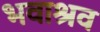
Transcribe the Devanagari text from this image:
भवाश्रव